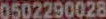
0502290028